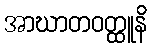
အာဃာတဝတ္ထူနိ